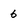
Character: 6